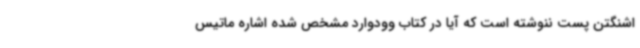
اشنگتن پست ننوشته است که آیا در کتاب وودوارد مشخص شده اشاره ماتیس